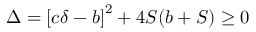
\Delta = \left[ c \delta - b \right] ^ { 2 } + 4 S ( b + S ) \geq 0